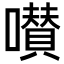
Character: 𡂐